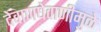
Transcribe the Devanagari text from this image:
देवाणघेवाणीमुळे